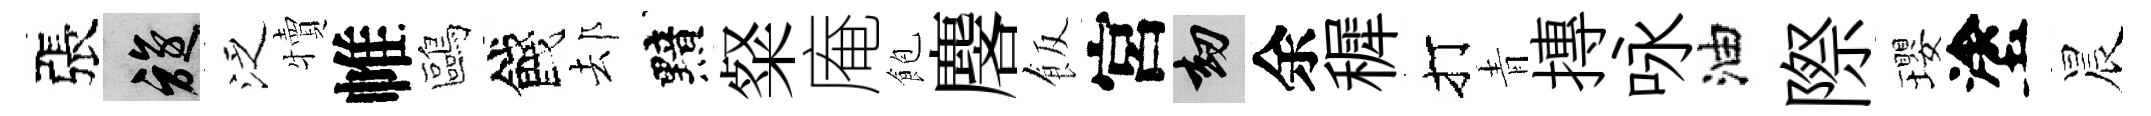
張旋泛犢帷鷗餞𨚫黯粲庵飽麐飯宮劫余穉打青摶咏油際瓔塗晨